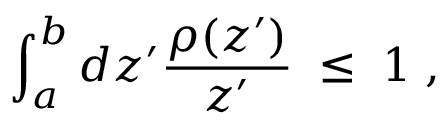
\int _ { a } ^ { b } d z ^ { \prime } { \frac { \rho ( z ^ { \prime } ) } { z ^ { \prime } } } \; \leq \; 1 \; ,